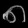
Digit: ၈